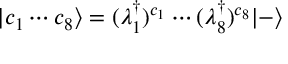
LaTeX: | c _ { 1 } \cdots c _ { 8 } \rangle = ( \lambda _ { 1 } ^ { \dagger } ) ^ { c _ { 1 } } \cdots ( \lambda _ { 8 } ^ { \dagger } ) ^ { c _ { 8 } } | - \rangle